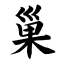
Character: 巢